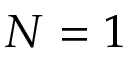
N = 1